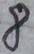
Text: 8